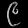
Digit: ၉